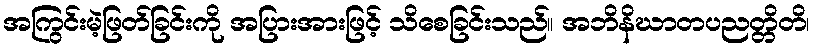
အကြွင်းမဲ့ဖြတ်ခြင်းကို အပြားအားဖြင့် သိစေခြင်းသည်။ အဘိနိဃာတပညတ္တိတိ၊